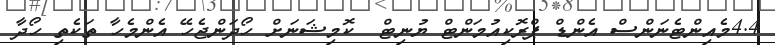
4.4މެއިންޓެނަންސް އެންޑް ޕްރޮކިއުމަންޓް ޔުނިޓް  ކޮމިޝަނަށް ހޯދަންޖެހޭ އެންމެހާ ތަކެތި ހޯދާ